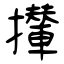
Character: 攆